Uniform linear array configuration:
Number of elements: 12
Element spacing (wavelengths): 1
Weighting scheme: exponential
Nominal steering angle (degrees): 15
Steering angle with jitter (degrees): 15.326
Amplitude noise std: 0.05
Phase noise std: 0.05

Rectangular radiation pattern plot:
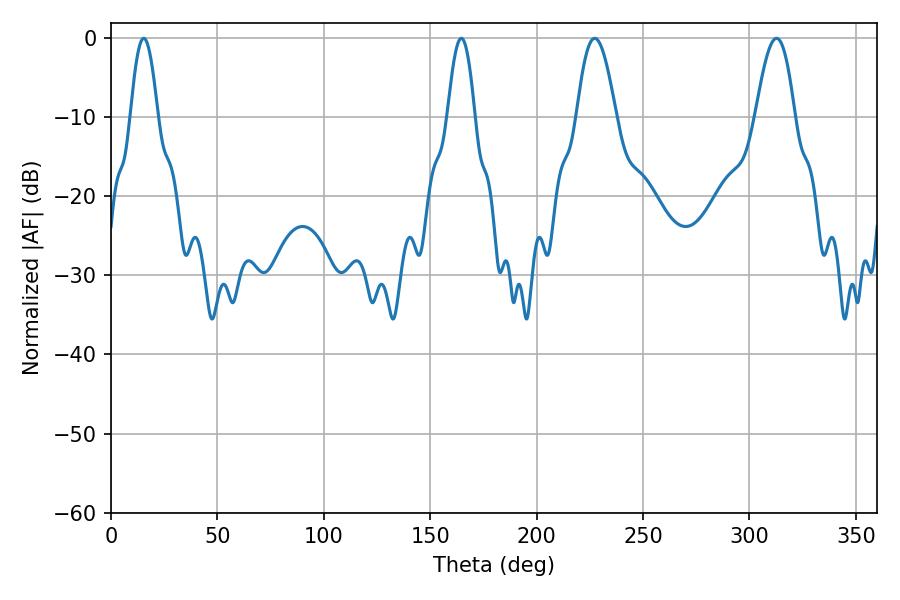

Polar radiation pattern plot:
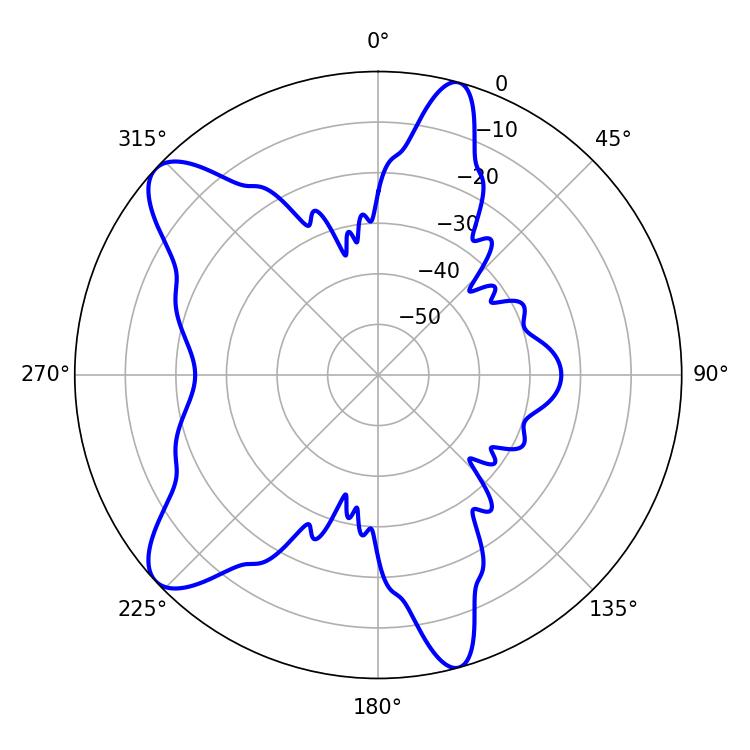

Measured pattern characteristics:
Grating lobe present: TRUE
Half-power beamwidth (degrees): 10.08
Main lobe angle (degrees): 227.34